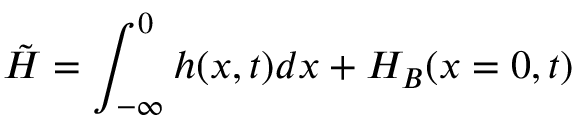
\tilde { H } = \int _ { - \infty } ^ { 0 } h ( x , t ) d x + H _ { B } ( x = 0 , t )